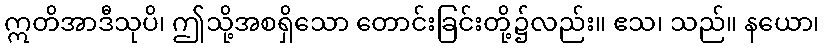
ဣတိအာဒီသုပိ၊ ဤသို့အစရှိသော တောင်းခြင်းတို့၌လည်း။ ဧသ၊ သည်။ နယော၊